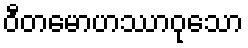
ဝီတမောဟဿာဝုသော